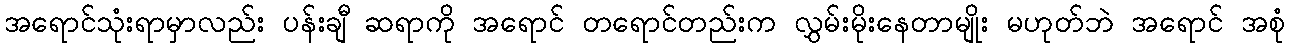
အရောင်သုံးရာမှာလည်း ပန်းချီ ဆရာကို အရောင် တရောင်တည်းက လွှမ်းမိုးနေတာမျိုး မဟုတ်ဘဲ အရောင် အစုံ